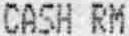
CASH RM